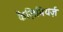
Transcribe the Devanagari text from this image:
कैज़िमियर्ज़